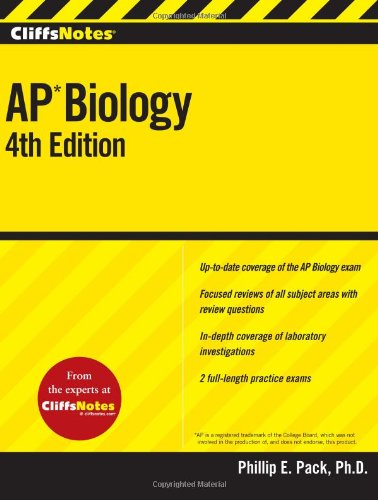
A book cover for CliffsNotes AP Biology, Fourth Edition (Cliffs Ap Biology); Phillip E. Pack; Test Preparation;